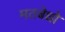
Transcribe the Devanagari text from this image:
मतबेधो